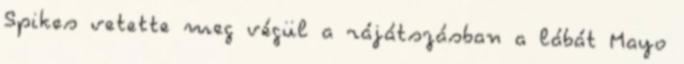
Spikes vetette meg végül a rájátszásban a lábát Mayo